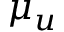
\mu _ { u }